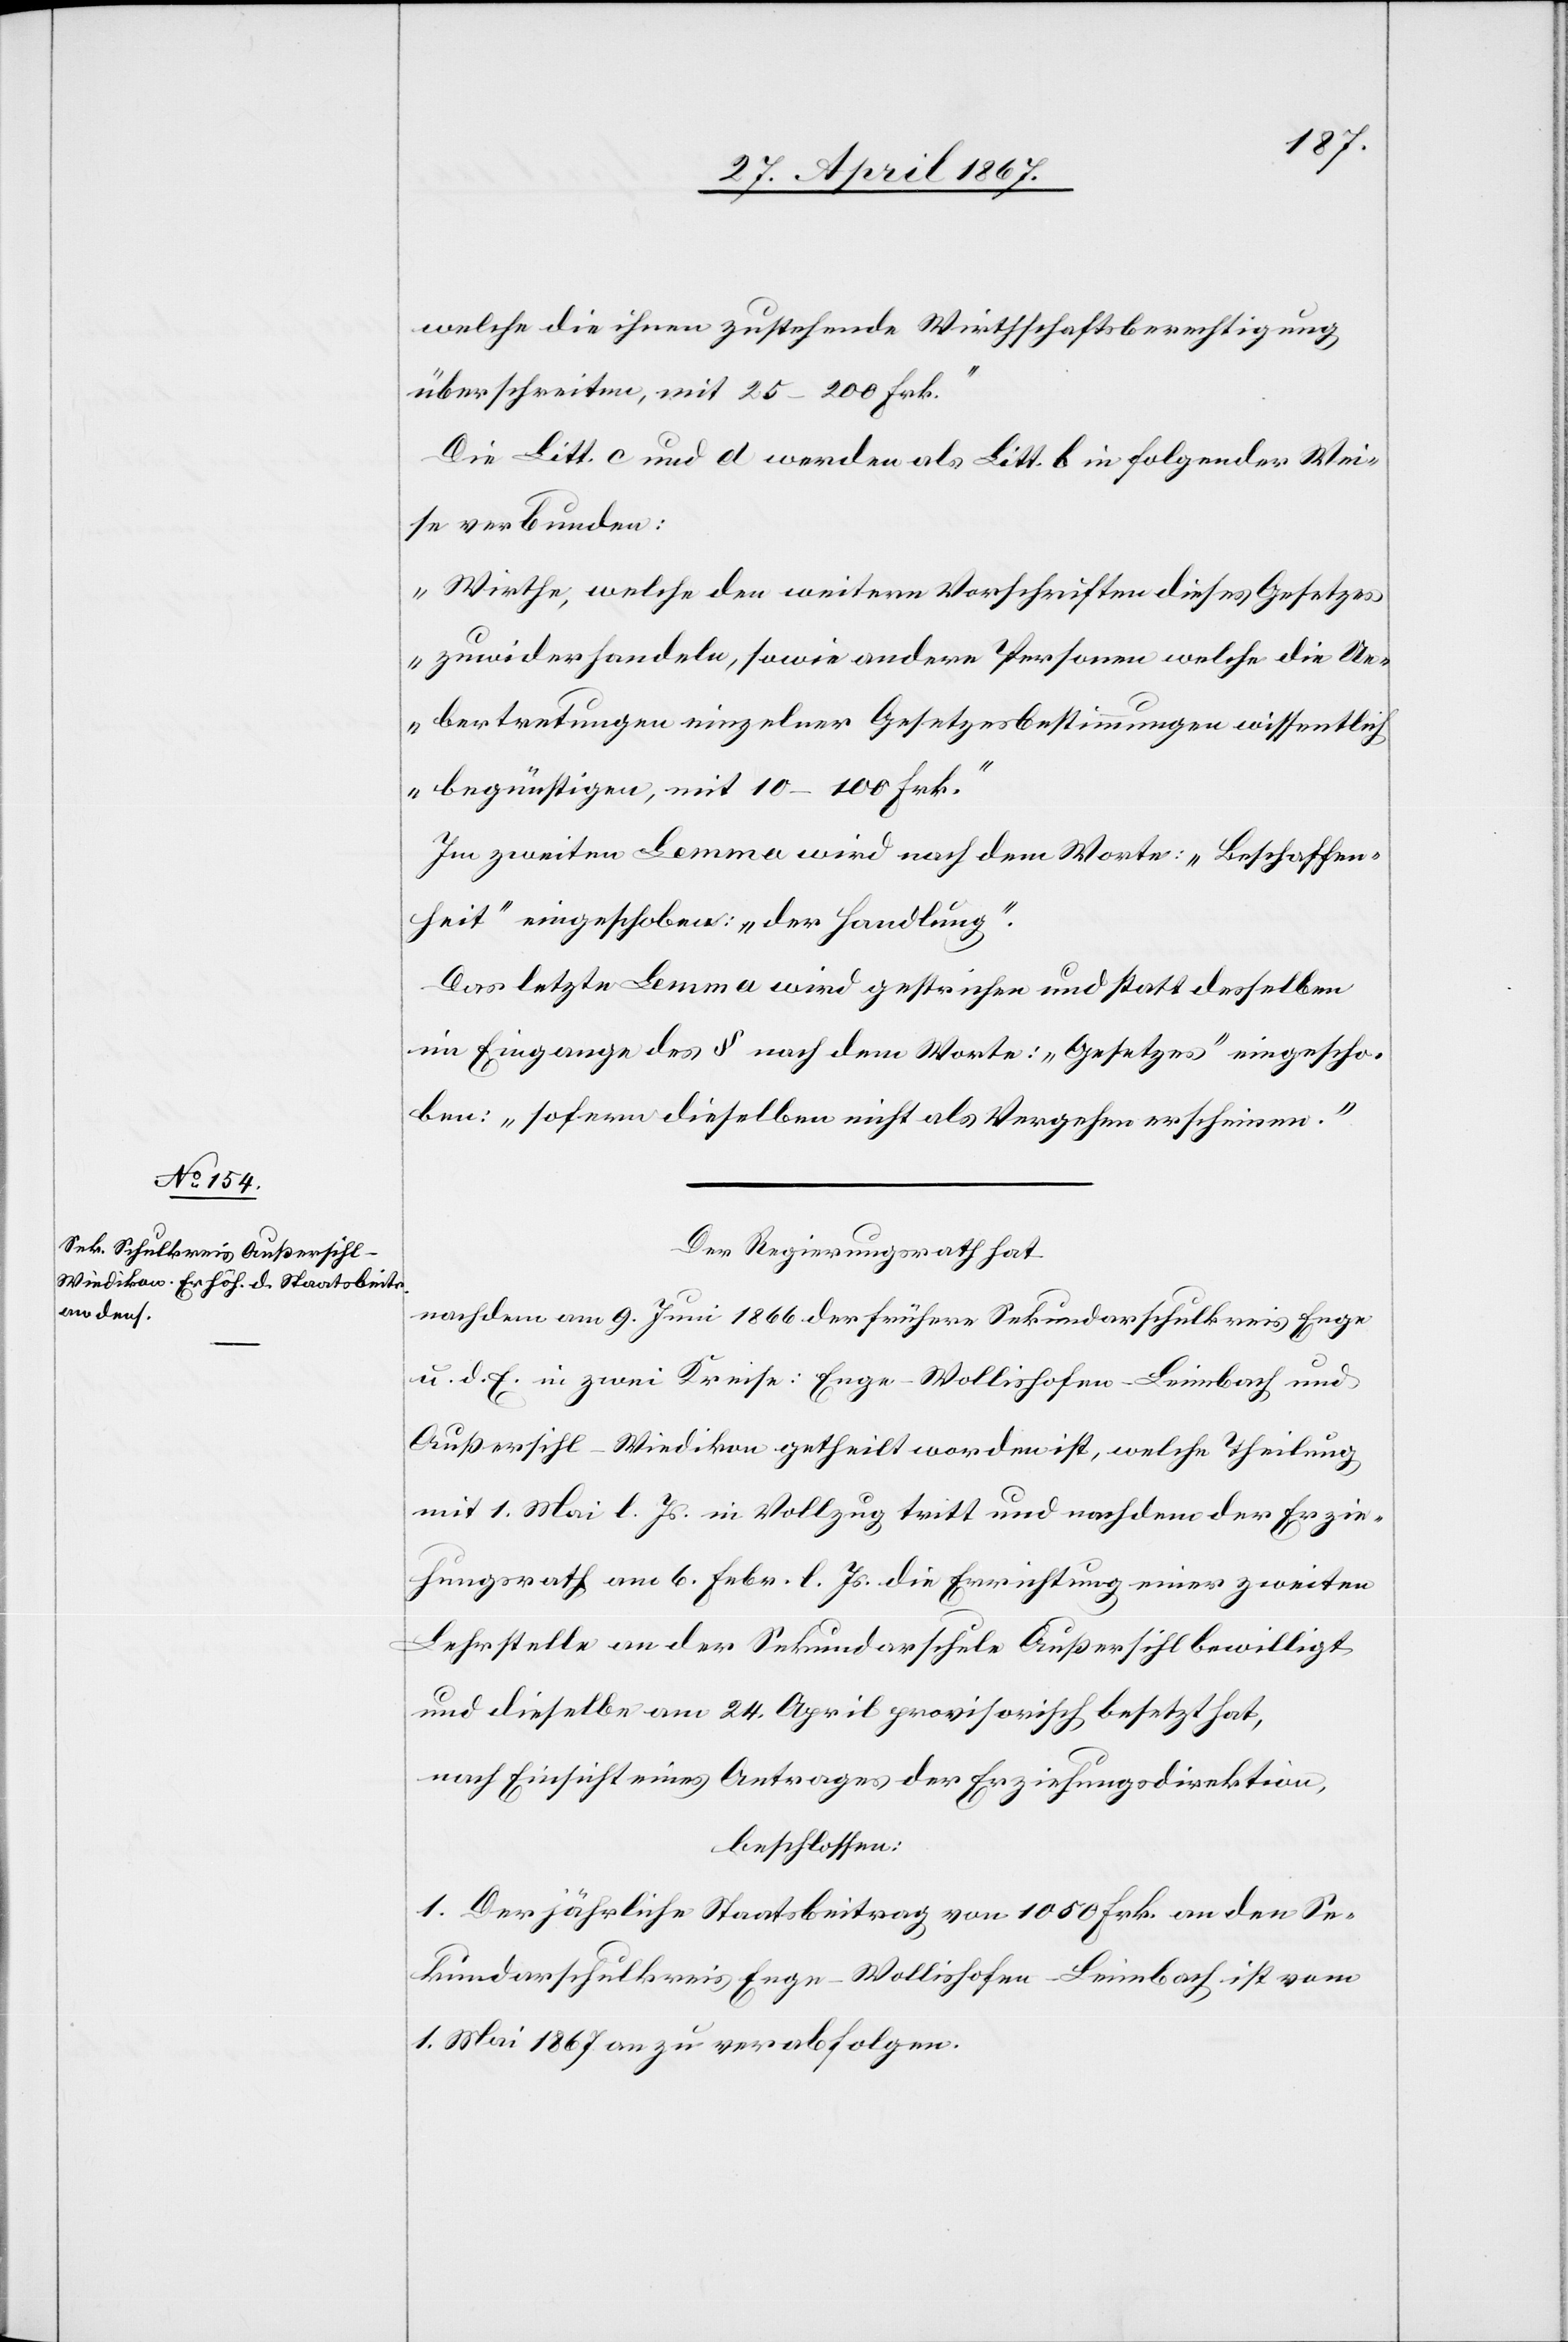
welche die ihnen zustehende Wirthschaftsberechtigung
überschreiten, mit 25–200 Frk.“
Die Litt. c und d werden als Litt. b in folgender Wei¬
se verbunden:
„Wirthe, welche den weitern Vorschriften dieses Gesetzes
zuwider handeln, sowie andern Personen welche die Ue¬
bertretungen einzelner Gesetzesbestimmungen wissentlich
begünstigen, mit 10–100 Frk.“
Im zweiten Lemma wird nach dem Worte: „Beschaffen¬
heit“ eingeschoben: „der Handlung“.
Der letzte Lemma wird gestrichen und statt desselben
im Eingange des § nach dem Worte: „Gesetzes“ eingescho¬
ben: „sofern dieselben nicht als Vergehen erscheinen.“
Der Regierungsrath hat
nachdem am 9. Juni 1866 der frühere Sekundarschulkreis Enge
u. d. E. in zwei Kreise: Enge-Wollishofen-Leimbach und
Außersihl-Wiedikon getheilt worden ist, welche Theilung
mit 1. Mai l. Js. in Vollzug tritt und nachdem der Erzie¬
hungsrath am 6. Febr. l. Js die Errichtung einer zweiten
Lehrstelle an der Sekundarschule Außersihl bewilligt
und dieselbe am 24. April provisorisch besetzt hat,
nach Einsicht eines Antrages der Erziehungsdirektion,
beschlossen:
1. Der jährliche Staatsbeitrag von 1050 Frk. an den Se¬
kundarschulkreis Enge-Wollishofen-Leimbach ist vom
1. Mai 1867 an zu verabfolgen